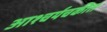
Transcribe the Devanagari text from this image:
आश्चर्यचकीत